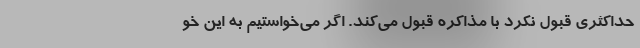
حداکثری قبول نکرد با مذاکره قبول می‌کند. اگر می‌خواستیم به این خو